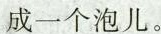
成一个泡儿。